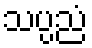
သပ္ပညံ